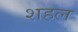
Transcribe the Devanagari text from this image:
शहल